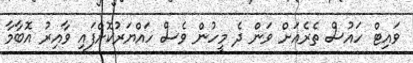
ވައިޓް ހައުސް ތެރެއަށް ވަން ދެ މީހުން ވެސް ހައްޔަރުކޮށްފައި ވާއިރު އޮބާމާ